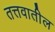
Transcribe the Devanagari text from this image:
तत्तवातील